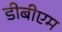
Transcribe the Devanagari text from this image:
डीबीएम